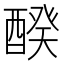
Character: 䤆